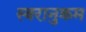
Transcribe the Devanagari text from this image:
स्वरानुक्रम